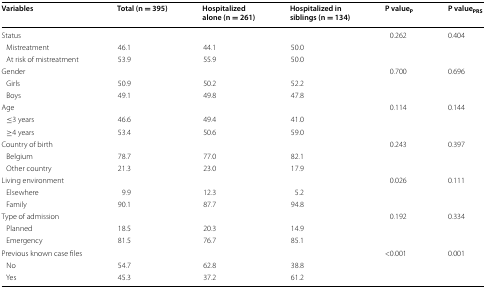
| Variables | Total (n = 395) | Hospitalized alone (n = 261) | Hospitalized in siblings (n = 134) | P valueP | P valuePRS |
 | --- | --- | --- | --- | --- | --- |
 | Status |  |  |  | 0.262 | 0.404 |
 | Mistreatment | 46.1 | 44.1 | 50.0 |  |  |
 | At risk of mistreatment | 53.9 | 55.9 | 50.0 |  |  |
 | Gender |  |  |  | 0.700 | 0.696 |
 | Girls | 50.9 | 50.2 | 52.2 |  |  |
 | Boys | 49.1 | 49.8 | 47.8 |  |  |
 | Age |  |  |  | 0.114 | 0.144 |
 | ≤3 years | 46.6 | 49.4 | 41.0 |  |  |
 | ≥4 years | 53.4 | 50.6 | 59.0 |  |  |
 | Country of birth |  |  |  | 0.243 | 0.397 |
 | Belgium | 78.7 | 77.0 | 82.1 |  |  |
 | Other country | 21.3 | 23.0 | 17.9 |  |  |
 | Living environment |  |  |  | 0.026 | 0.111 |
 | Elsewhere | 9.9 | 12.3 | 5.2 |  |  |
 | Family | 90.1 | 87.7 | 94.8 |  |  |
 | Type of admission |  |  |  | 0.192 | 0.334 |
 | Planned | 18.5 | 20.3 | 14.9 |  |  |
 | Emergency | 81.5 | 76.7 | 85.1 |  |  |
 | Previous known case files |  |  |  | <0.001 | 0.001 |
 | No | 54.7 | 62.8 | 38.8 |  |  |
 | Yes | 45.3 | 37.2 | 61.2 |  |  |